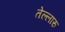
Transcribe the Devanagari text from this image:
तेल्लारु